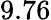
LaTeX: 9.76